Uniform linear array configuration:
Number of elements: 16
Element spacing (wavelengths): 0.5
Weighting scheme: exponential
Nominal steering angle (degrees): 0
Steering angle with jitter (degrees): -1.278
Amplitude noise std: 0.05
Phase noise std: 0.05

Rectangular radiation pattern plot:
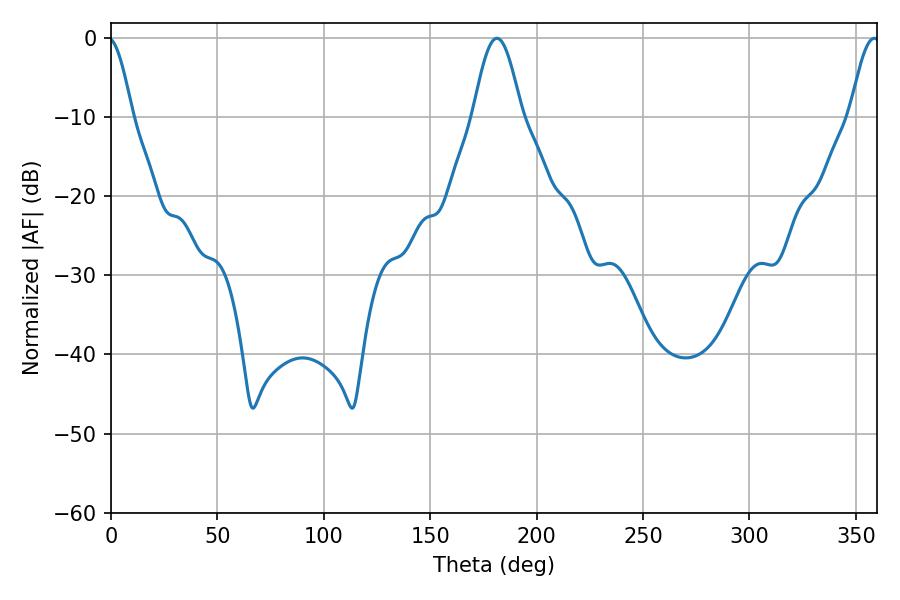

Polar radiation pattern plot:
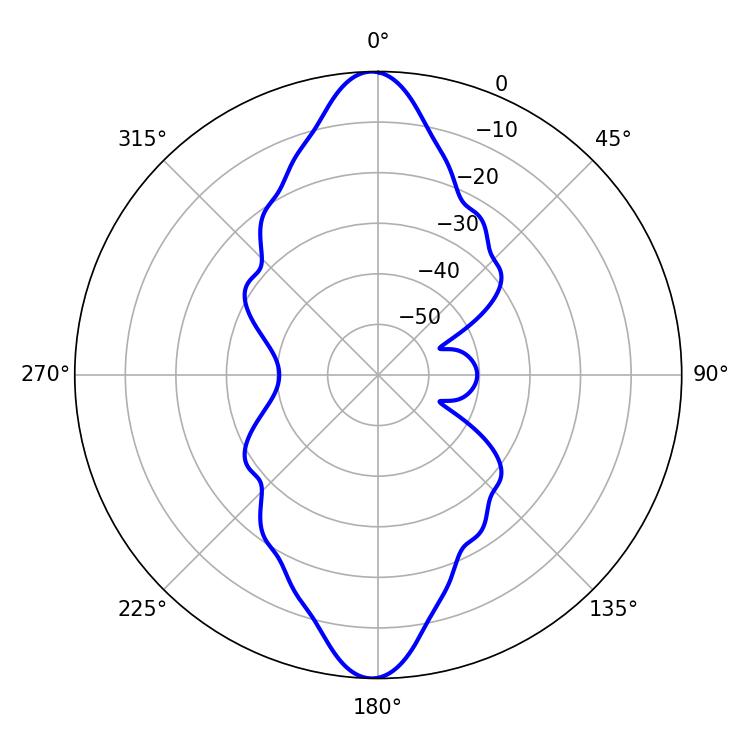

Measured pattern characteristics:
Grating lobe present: FALSE
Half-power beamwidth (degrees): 12.24
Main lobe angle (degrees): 181.26